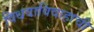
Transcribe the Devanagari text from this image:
विधवाविवाहाची